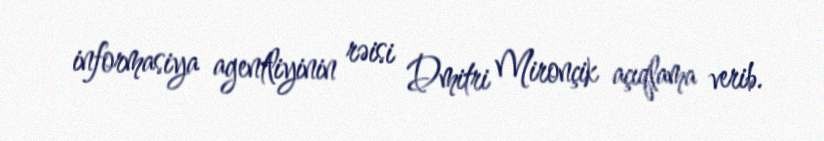
informasiya agentliyinin rəisi Dmitri Mironçik açıqlama verib.